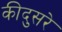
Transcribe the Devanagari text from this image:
कीदुसरे